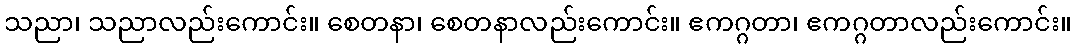
သညာ၊ သညာလည်းကောင်း။ စေတနာ၊ စေတနာလည်းကောင်း။ ဧကဂ္ဂတာ၊ ဧကဂ္ဂတာလည်းကောင်း။